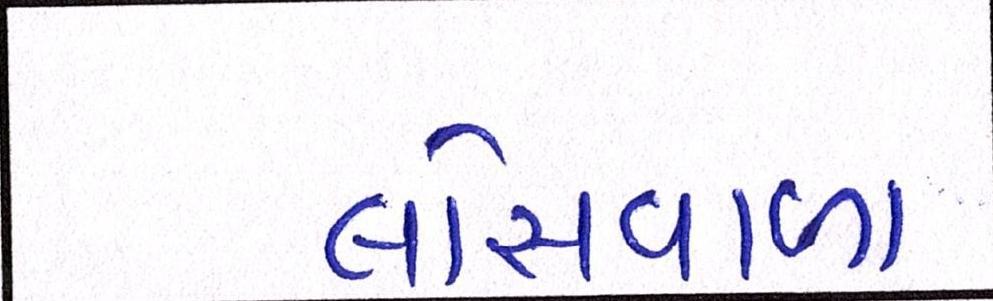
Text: લોસવાળા